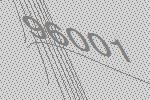
96001